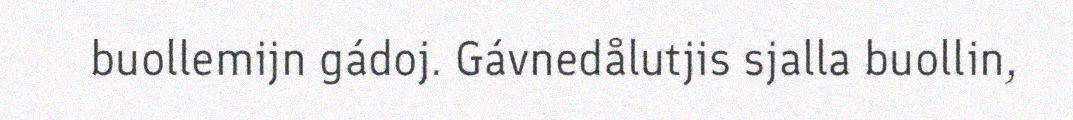
buollemijn gádoj. Gávnedålutjis sjalla buollin,